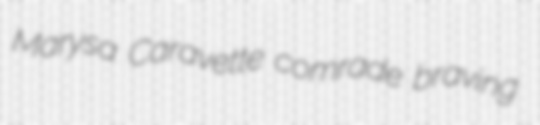
Marysa Caravette comrade braving